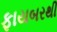
ફાયબરથી